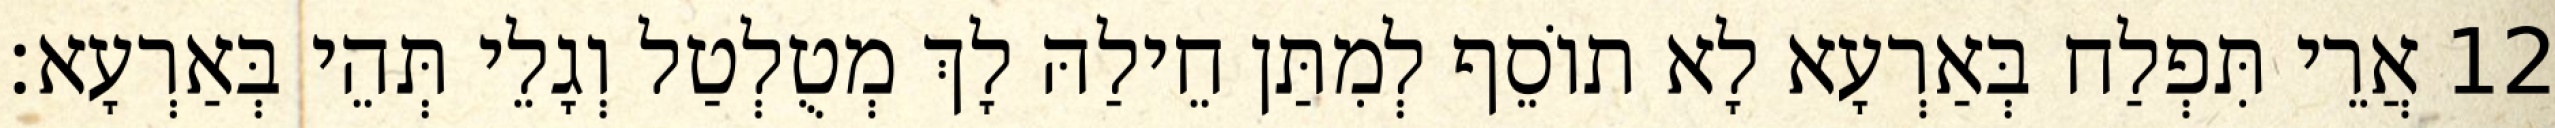
12 אֲרֵי תִּפְלַח בְּאַרְעָא לָא תוֹסֵף לְמִתַּן חֵילַהּ לָךְ מְטֻלְטַל וְגָלֵי תְּהֵי בְּאַרְעָא׃